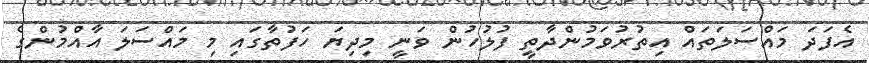
އެފަދަ މައްސަލަތައް އިތުރުވަމުންދާތީ ފުލުހުން ވަނީ މިދިޔަ ހަފުތާގައި މި މައްސަލަ އާއްމުންގެ